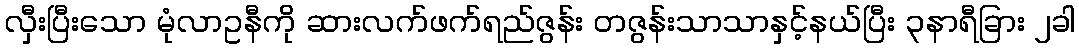
လှီးပြီးသော မုံလာဥနီကို ဆားလက်ဖက်ရည်ဇွန်း တဇွန်းသာသာနှင့်နယ်ပြီး ၃နာရီခြား ၂ခါ